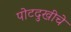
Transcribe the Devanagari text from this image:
पोटदुखीचे